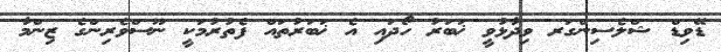
ޑޭވިޑް ޝްލެސިންގަރ ވިދާޅުވީ ޚަބަރު ހޯދައި އެ ޚަބަރުތައް ފެތުރުމަކީ ނޫސްވެރިންގެ ޒިންމާ